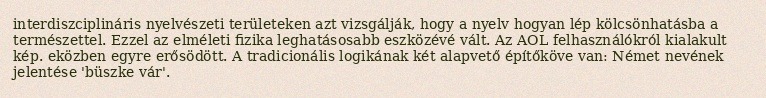
interdiszciplináris nyelvészeti területeken azt vizsgálják, hogy a nyelv hogyan lép kölcsönhatásba a természettel. Ezzel az elméleti fizika leghatásosabb eszközévé vált. Az AOL felhasználókról kialakult kép. eközben egyre erősödött. A tradicionális logikának két alapvető építőköve van: Német nevének jelentése 'büszke vár'.